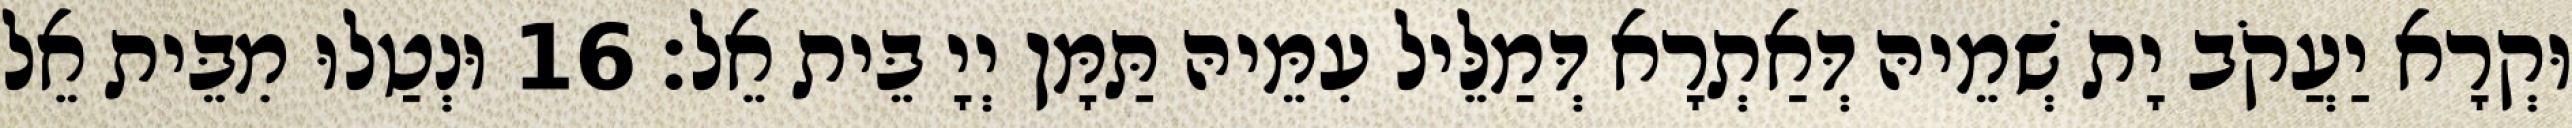
וּקְרָא יַעֲקֹב יָת שְׁמֵיהּ דְּאַתְרָא דְּמַלֵּיל עִמֵּיהּ תַּמָּן יְיָ בֵּית אֵל׃ 16 וּנְטַלוּ מִבֵּית אֵל